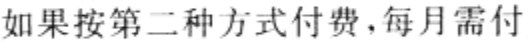
如果按第二种方式付费，每月需付